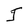
Character: J